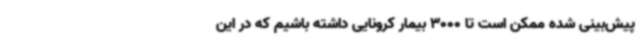
پیش‌بینی شده ممکن است تا 3000 بیمار کرونایی داشته باشیم که در این